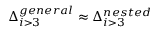
\Delta _ { i > 3 } ^ { g e n e r a l } \approx \Delta _ { i > 3 } ^ { n e s t e d }